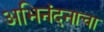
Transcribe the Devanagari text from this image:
अभिनंदनाचा